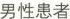
男性患者